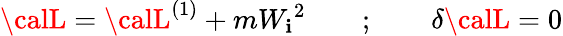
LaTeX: {\calL}={\calL}^{(1)}+m{W_{\mathbf{i}}}^{2}\quad\quad;\quad\quad\delta{\calL}=0